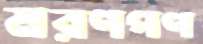
মরণপণ